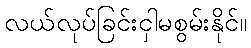
လယ်လုပ်ခြင်းငှါမစွမ်းနိုင်။